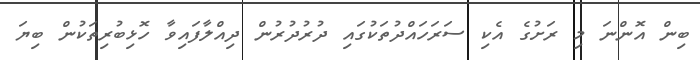
ބިން އޮންނަ މި ރަށުގެ އެކި ސަރަހައްދުތަކުގައި ދުރުދުރުން ދިއްލާފައިވާ ހޮޅިބުރިތަކުން ބިޔަ